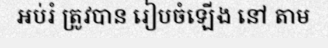
អប់រំ ត្រូវបាន រៀបចំឡើង នៅ តាម